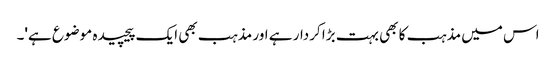
اس میں مذہب کا بھی بہت بڑا کردار ہے اور مذہب بھی ایک پیچیدہ موضوع ہے'۔